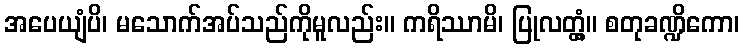
အပေယျံပိ၊ မသောက်အပ်သည်ကိုမူလည်း။ ကရိဿာမိ၊ ပြုလတ္တံ့။ စတုခဏ္ဍိကော၊